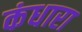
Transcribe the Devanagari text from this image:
कंधारा